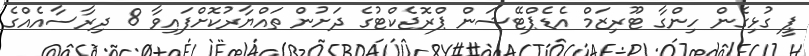
ޕީ ގުޅިގެން ހިންގާ ޓޫރިޒަމް އެޑެޕްޓޭޝަން ޕްރޮޖެކްޓުގެ ދަށުން ތައްޔާރުކޮށްފައިވާ 8 ދިރާސާއެއްގެ